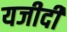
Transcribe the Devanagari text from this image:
यजीदी